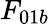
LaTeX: F_{01b}